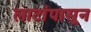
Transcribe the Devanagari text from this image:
लाटांपासून